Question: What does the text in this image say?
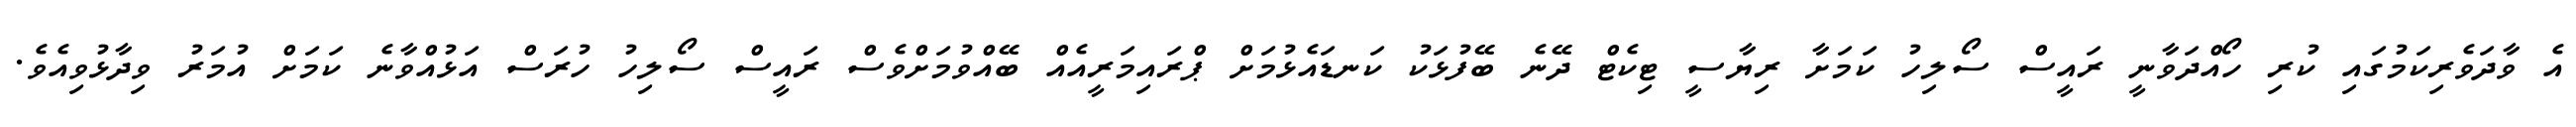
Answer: އެ ވާދަވެރިކަމުގައި ކުރި ހޯއްދަވާނީ ރައީސް ސޯލިހު ކަމަށާ ރިޔާސީ ޓިކެޓް ދޭނެ ބޭފުޅަކު ކަނޑައެޅުމަށް ޕްރައިމަރީއެއް ބޭއްވުމަށްވެސް ރައީސް ސޯލިހު ހުރަސް އަޅުއްވާނެ ކަމަށް އުމަރު ވިދާޅުވިއެވެ.